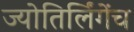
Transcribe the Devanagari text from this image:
ज्योतिर्लिंगेंच